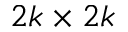
2 k \times 2 k